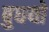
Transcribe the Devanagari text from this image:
बुघयो